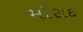
મોરાદ